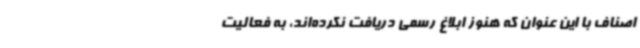
اصناف با این عنوان که هنوز ابلاغ رسمی دریافت نکرده‌اند، به فعالیت